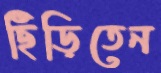
ছিঁড়িতেন